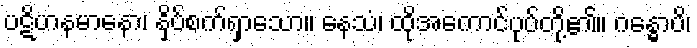
ပဋိဟနမာနော၊ နှိပ်စက်ရှာသော။ နေသံ၊ ထိုအကောင်ပုပ်တို့၏။ ဂန္ဓောပိ၊